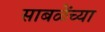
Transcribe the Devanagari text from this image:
साबळेंच्या